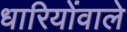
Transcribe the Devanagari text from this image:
धारियोंवाले